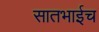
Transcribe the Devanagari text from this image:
सातभाईच